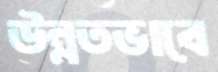
উন্নতভাবে